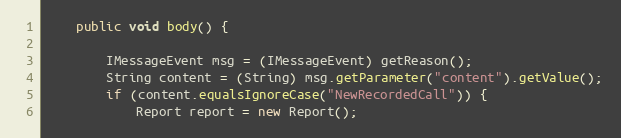
Language: Java
	public void body() {

		IMessageEvent msg = (IMessageEvent) getReason();
		String content = (String) msg.getParameter("content").getValue();
		if (content.equalsIgnoreCase("NewRecordedCall")) {
			Report report = new Report();